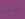
شئ